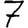
Digit: 7